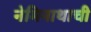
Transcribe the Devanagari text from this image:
नेमिनाथाची